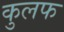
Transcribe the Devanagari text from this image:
कुलफ